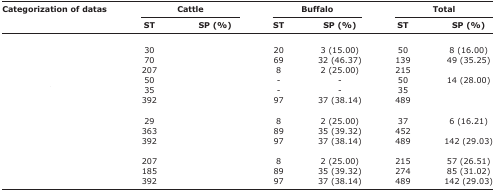
<table><thead><tr><td rowspan="3"><b>Categorization of datas</b></td><td colspan="2"><b>Cattle</b></td><td colspan="2"><b>Buffalo</b></td><td colspan="2"><b>Total</b></td></tr><tr><td><b>ST</b></td><td><b>SP (%)</b></td><td><b>ST</b></td><td><b>SP (%)</b></td><td><b>ST</b></td><td><b>SP (%)</b></td></tr></thead><tbody><tr><td>[EMPTY_CELL]</td><td>[EMPTY_CELL]</td><td>[EMPTY_CELL]</td><td>[EMPTY_CELL]</td><td>[EMPTY_CELL]</td><td>[EMPTY_CELL]</td><td>[EMPTY_CELL]</td></tr><tr><td>[EMPTY_CELL]</td><td>30</td><td>[EMPTY_CELL]</td><td>20</td><td>3 (15.00)</td><td>50</td><td>8 (16.00)</td></tr><tr><td>[EMPTY_CELL]</td><td>70</td><td>[EMPTY_CELL]</td><td>69</td><td>32 (46.37)</td><td>139</td><td>49 (35.25)</td></tr><tr><td>[EMPTY_CELL]</td><td>207</td><td>[EMPTY_CELL]</td><td>8</td><td>2 (25.00)</td><td>215</td><td>[EMPTY_CELL]</td></tr><tr><td>[EMPTY_CELL]</td><td>50</td><td>[EMPTY_CELL]</td><td>-</td><td>-</td><td>50</td><td>14 (28.00)</td></tr><tr><td>[EMPTY_CELL]</td><td>35</td><td>[EMPTY_CELL]</td><td>-</td><td>-</td><td>35</td><td>[EMPTY_CELL]</td></tr><tr><td>[EMPTY_CELL]</td><td>392</td><td>[EMPTY_CELL]</td><td>97</td><td>37 (38.14)</td><td>489</td><td>[EMPTY_CELL]</td></tr><tr><td>[EMPTY_CELL]</td><td>[EMPTY_CELL]</td><td>[EMPTY_CELL]</td><td>[EMPTY_CELL]</td><td>[EMPTY_CELL]</td><td>[EMPTY_CELL]</td><td>[EMPTY_CELL]</td></tr><tr><td>[EMPTY_CELL]</td><td>29</td><td>[EMPTY_CELL]</td><td>8</td><td>2 (25.00)</td><td>37</td><td>6 (16.21)</td></tr><tr><td>[EMPTY_CELL]</td><td>363</td><td>[EMPTY_CELL]</td><td>89</td><td>35 (39.32)</td><td>452</td><td>[EMPTY_CELL]</td></tr><tr><td>[EMPTY_CELL]</td><td>392</td><td>[EMPTY_CELL]</td><td>97</td><td>37 (38.14)</td><td>489</td><td>142 (29.03)</td></tr><tr><td>[EMPTY_CELL]</td><td>[EMPTY_CELL]</td><td>[EMPTY_CELL]</td><td>[EMPTY_CELL]</td><td>[EMPTY_CELL]</td><td>[EMPTY_CELL]</td><td>[EMPTY_CELL]</td></tr><tr><td>[EMPTY_CELL]</td><td>207</td><td>[EMPTY_CELL]</td><td>8</td><td>2 (25.00)</td><td>215</td><td>57 (26.51)</td></tr><tr><td>[EMPTY_CELL]</td><td>185</td><td>[EMPTY_CELL]</td><td>89</td><td>35 (39.32)</td><td>274</td><td>85 (31.02)</td></tr><tr><td>[EMPTY_CELL]</td><td>392</td><td>[EMPTY_CELL]</td><td>97</td><td>37 (38.14)</td><td>489</td><td>142 (29.03)</td></tr></tbody></table>